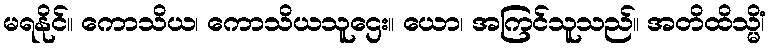
မရနိုင်။ ကောသိယ၊ ကောသိယသူဌေး။ ယော၊ အကြင်သူသည်။ အတိထိသ္မိံ၊